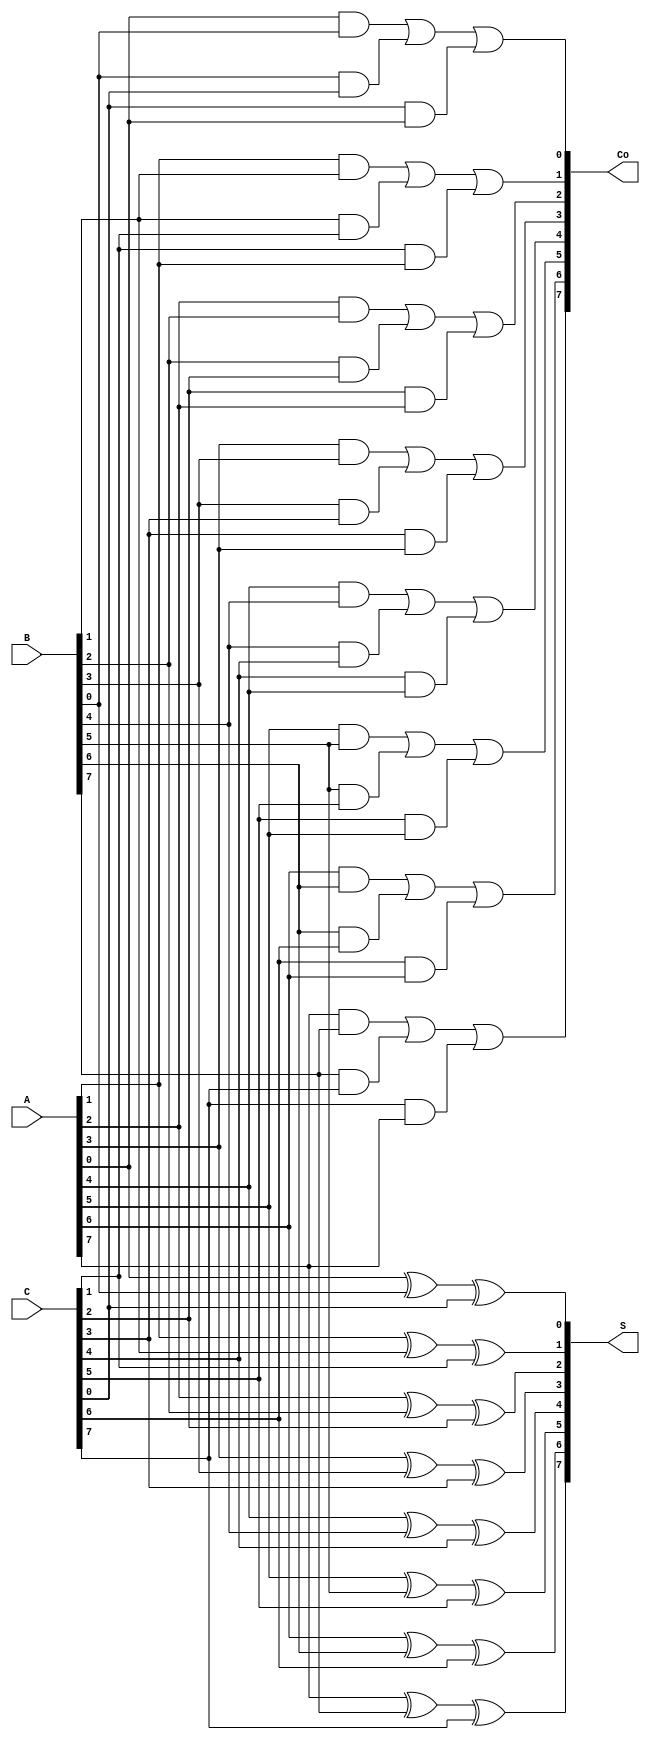
module carry_save_adder #(parameter n = 8) (
    input  wire [n-1:0] A,  // First n-bit input
    input  wire [n-1:0] B,  // Second n-bit input
    input  wire [n-1:0] C,  // Third n-bit input
    output wire [n-1:0] S,  // n-bit sum output
    output wire [n-1:0] Co  // n-bit carry output
);

    // Sum and carry outputs
    wire [n-1:0] sum;
    wire [n-1:0] carry;

    // Generate sum and carry for each bit
    genvar i;
    generate
        for (i = 0; i < n; i = i + 1) begin : csa_bits
            // Sum calculation
            assign sum[i] = A[i] ^ B[i] ^ C[i];
            
            // Carry calculation
            assign carry[i] = (A[i] & B[i]) | (B[i] & C[i]) | (C[i] & A[i]);
        end
    endgenerate

    // Assign outputs
    assign S = sum; // Final sum output
    assign Co = carry; // Final carry output

endmodule